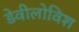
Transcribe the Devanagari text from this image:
डेवीलोविश